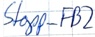
Text: Stopp_FB2